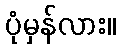
ပုံမှန်လား။